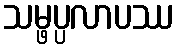
သမ္ဖပ္ပလာပဿ